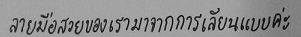
ลายมือสวยของเรามาจากการเลียนแบบค่ะ